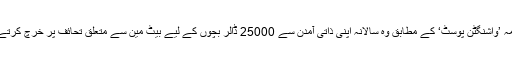
روزنامہ ’واشنگٹن پوسٹ‘ کے مطابق وہ سالانہ اپنی ذاتی آمدن سے 25000 ڈالر بچوں کے لیے بیٹ مین سے متعلق تحائف پر خرچ کرتے تھے۔